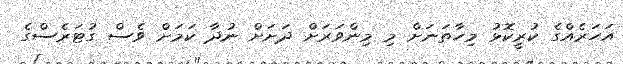
އަހަރެއްގެ ކުރީކޮޅު މިހާތަނަށް މި މިންވަރަށް ދަށަށް ނުދާ ކަމަށް ވެސް ގުޓަރެސްގެ